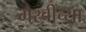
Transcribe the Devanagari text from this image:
भैरवींच्या